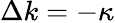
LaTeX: \Delta k=-\kappa